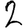
Digit: 2